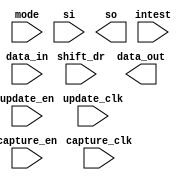
////////////////////////////////////////////////////////////////////////////////
//
//       This confidential and proprietary software may be used only
//     as authorized by a licensing agreement from Synopsys Inc.
//     In the event of publication, the following notice is applicable:
//
//                    (C) COPYRIGHT 1998 - 2016 SYNOPSYS INC.
//                           ALL RIGHTS RESERVED
//
//       The entire notice above must be reproduced on all authorized
//     copies.
//
//
// VERSION:   Simulation Architecture
//
// DesignWare_version: b21c5ac2
// DesignWare_release: K-2015.06-DWBB_201506.5.2
//
////////////////////////////////////////////////////////////////////////////////
//-----------------------------------------------------------------------------------
//
// ABSTRACT:  Boundary Scan Cell Type BC_5
//
//           
//
//              
//  Input Ports:        Size    Description
//  ============        =====   ============
//  capture_clk         1 bit   Clocks data into the capture stage.
//  update_clk          1 bit   Clocks data into the update stage. 
//  capture_en          1 bit   Enable for data clocked into the 
//                              capture stage. 
//  update_en           1 bit   Enable for data clocked into the 
//                              update stage.    
//  shift_dr            1 bit   Enables the boundary scan chain to shift. 
//                              data one stage toward its serial output. 
//  mode                1 bit   Determines whether data_out is controlled 
//                              by the boundary scan cell or by 
//                              the data_in signal.
//  si                  1 bit   Serial path from the previous boundary 
//                              scan cell.
//  intest              1 bit   INTEST instruction signal.
//  data_in             1 bit   Input data.
//
//  Output Ports:       Size    Description
//  =============       =====   ============
//  data_out            1 bit   Output data
//  so                  1 bit   Serial path to the next boundary scan cell
//              
//
//
// MODIFIED: 
//
//  Liming SU   02/25/2016  Simplified codes by using continuous assignments
//
//  Liming SU   02/04/2016  Eiminated use of non-blocking assignments in
//                          always blocks that doesn't use posedge or
//                          negedge conditioning
//
//-------------------------------------------------------------------------------
module DW_bc_5 (
  capture_clk,
  update_clk,
  capture_en,
  update_en,
  shift_dr,
  mode,
  intest,
  si,
  data_in,
  data_out,
  so
);

  input  capture_clk;
  input  update_clk;
  input  capture_en;
  input  update_en;
  input  shift_dr;
  input  mode;
  input  intest;
  input  si;
  input  data_in;
  output data_out;
  output so;

  wire next_so;
  reg  so;
  wire next_update_out;
  reg  update_out;

// synopsys translate_off 

  assign next_so = (capture_en===1'b1) ? so :
                     ((shift_dr===1'b1) ? si : 
                       ((intest===1'b1) ? update_out : data_in));

  always @(posedge capture_clk) begin : so_proc_PROC
    so <= next_so;
  end


  assign next_update_out = (update_en===1'b1) ? so : update_out;

  always @(posedge update_clk) begin : upd_proc_PROC
    update_out <= next_update_out;
  end


  assign data_out = (mode===1'b1) ? update_out : data_in;

// synopsys translate_on

endmodule